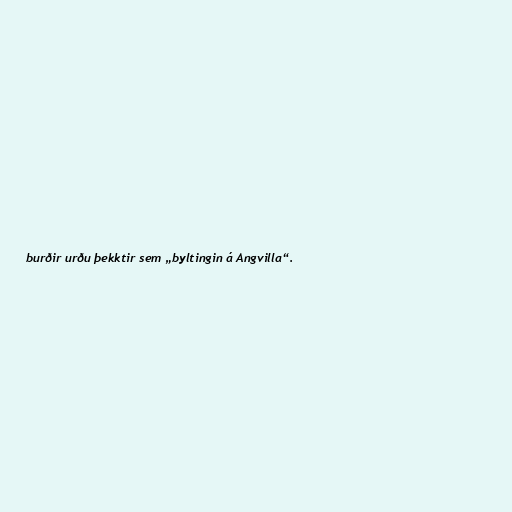
burðir urðu þekktir sem „byltingin á Angvilla“.